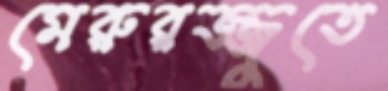
মেরুরজ্জুতে